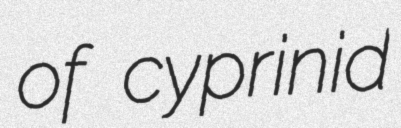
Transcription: of cyprinid